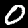
Digit: 0